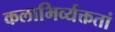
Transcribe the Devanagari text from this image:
कलाभिर्व्यक्ततां